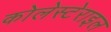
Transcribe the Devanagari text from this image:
कोलेस्टेराइल